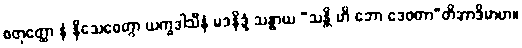
စတုတ္ထော နံ နိသေဓေတွာ ယက္ခဒါသီနံ မဒနိဒ္ဒံ သန္ဓာယ “သန္တိ ဟိ ဘော ဒေဝတာ”တိအာဒိမာဟ။